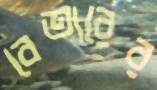
বেতারের